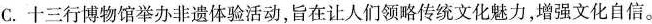
C.十三行博物馆举办非遗体验活动，旨在让人们领略传统文化魅力，增强文化自信。